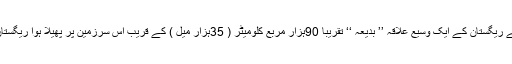
شام کے ریگستان کے ایک وسیع علاقہ ’’ بدیعہ ‘‘ تقریباً 90ہزار مربع کلومیٹر ( 35ہزار میل ) کے قریب اس سرزمین پر پھیلا ہوا ریگستان ہے ۔